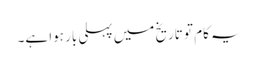
یہ کام تو تاریخ میں پہلی بار ہوا ہے۔